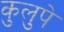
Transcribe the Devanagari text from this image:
कुलुपे